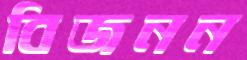
বিজনন